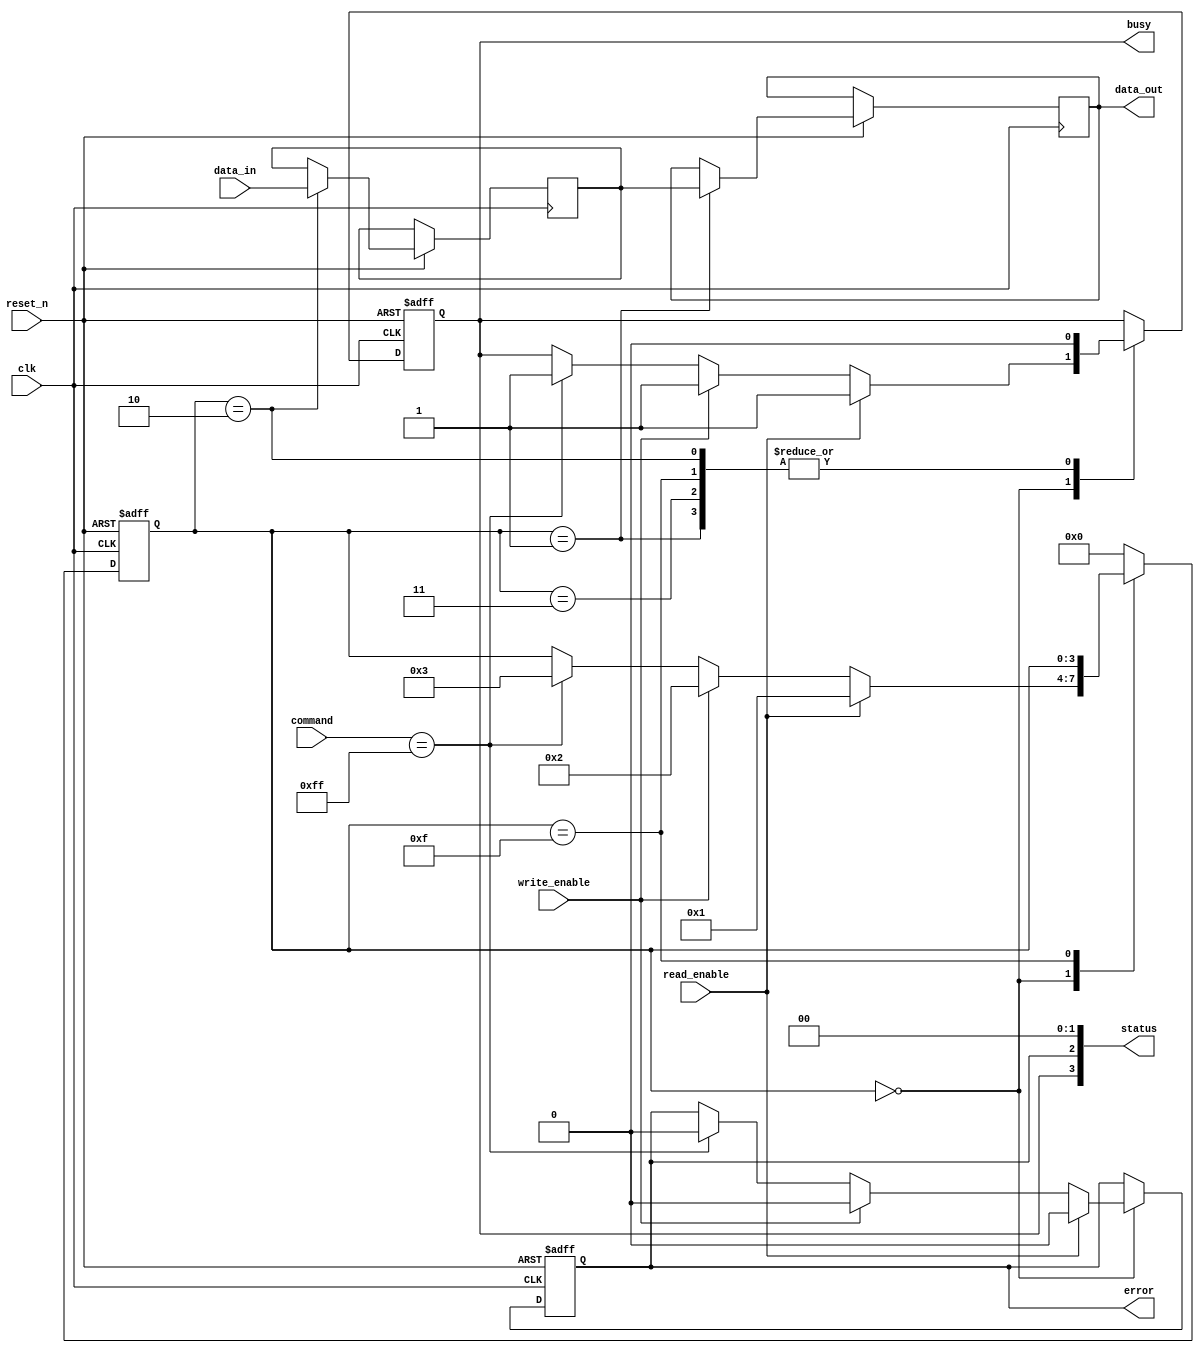
module tlc_nand_io_block (
    input wire clk,                  // System Clock
    input wire reset_n,              // Active low reset
    input wire [7:0] command,        // Command from external controller
    input wire [15:0] data_in,       // Data input from external controller
    input wire read_enable,           // Read operation trigger
    input wire write_enable,          // Write operation trigger
    output reg [15:0] data_out,      // Data output to external controller
    output reg busy,                  // Busy signal for operations
    output reg error,                 // Error signal
    output wire [3:0] status,         // Status register
    // Additional I/O signals for voltage level shifting, ECC, etc.
);

    // Internal signals
    reg [15:0] data_latch;
    reg [7:0] cmd_reg;
    reg [3:0] state;
    
    // State encoding
    localparam IDLE      = 4'b0000;
    localparam READ      = 4'b0001;
    localparam WRITE     = 4'b0010;
    localparam ERASE     = 4'b0011;
    localparam ERROR     = 4'b1111;

    // Command interface
    always @(posedge clk or negedge reset_n) begin
        if (!reset_n) begin
            state <= IDLE;
            busy <= 0;
            error <= 0;
        end else begin
            case (state)
                IDLE: begin
                    if (read_enable) begin
                        state <= READ;
                        busy <= 1;
                        error <= 0;
                    end else if (write_enable) begin
                        state <= WRITE;
                        busy <= 1;
                        error <= 0;
                    end else if (command == 8'hFF) begin // Example erase command
                        state <= ERASE;
                        busy <= 1;
                        error <= 0;
                    end
                end

                READ: begin
                    // Simulated read operation
                    // This would typically retrieve data from internal memory
                    data_out <= data_latch; // Assuming data is already in latch
                    busy <= 0;
                    state <= IDLE;
                end

                WRITE: begin
                    // Simulated write operation
                    data_latch <= data_in;  // Latch the data to be written
                    // Additional voltage conversion logic would be implemented here
                    busy <= 0;
                    state <= IDLE;
                end

                ERASE: begin
                    // Simulated erase operation
                    // This would reset the memory cells to default state
                    // Error handling can be added here based on actual erase status
                    busy <= 0;
                    state <= IDLE;
                end

                ERROR: begin
                    // Error handling state
                    busy <= 0;
                    // Additional error handling logic here
                end

                default: state <= IDLE;
            endcase
        end
    end

    // Status register update logic (example implementation)
    assign status = {busy, error, 2'b00}; // Busy and error bits in status

endmodule